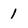
Character: 1